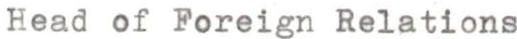
Head of Foreign Relations